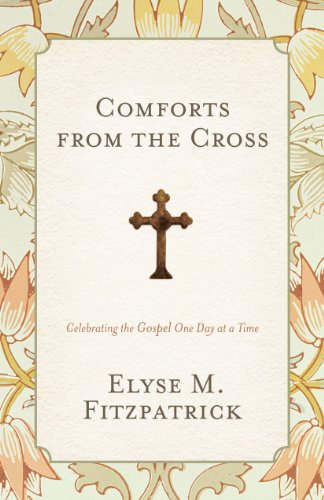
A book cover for Comforts from the Cross (Redesign): Celebrating the Gospel One Day at a Time; Elyse M. Fitzpatrick; Religion & Spirituality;